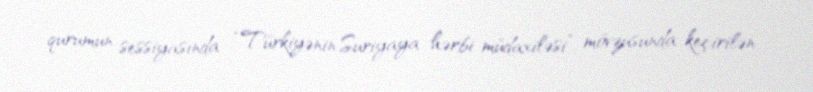
qurumun sessiyasında “Türkiyənin Suriyaya hərbi müdaxiləsi” mövzusunda keçirilən